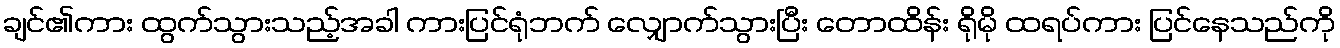
ချင်၏ကား ထွက်သွားသည့်အခါ ကားပြင်ရုံဘက် လျှောက်သွားပြီး တောထိန်း ရိုမို ထရပ်ကား ပြင်နေသည်ကို